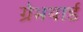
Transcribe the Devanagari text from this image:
ग्रेभयार्ड